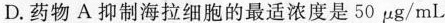
D.药物A抑制海拉细胞的最适浓度50\mu g/mL